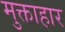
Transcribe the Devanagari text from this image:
मुक्ताहार